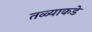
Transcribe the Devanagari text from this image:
तळ्याकडे